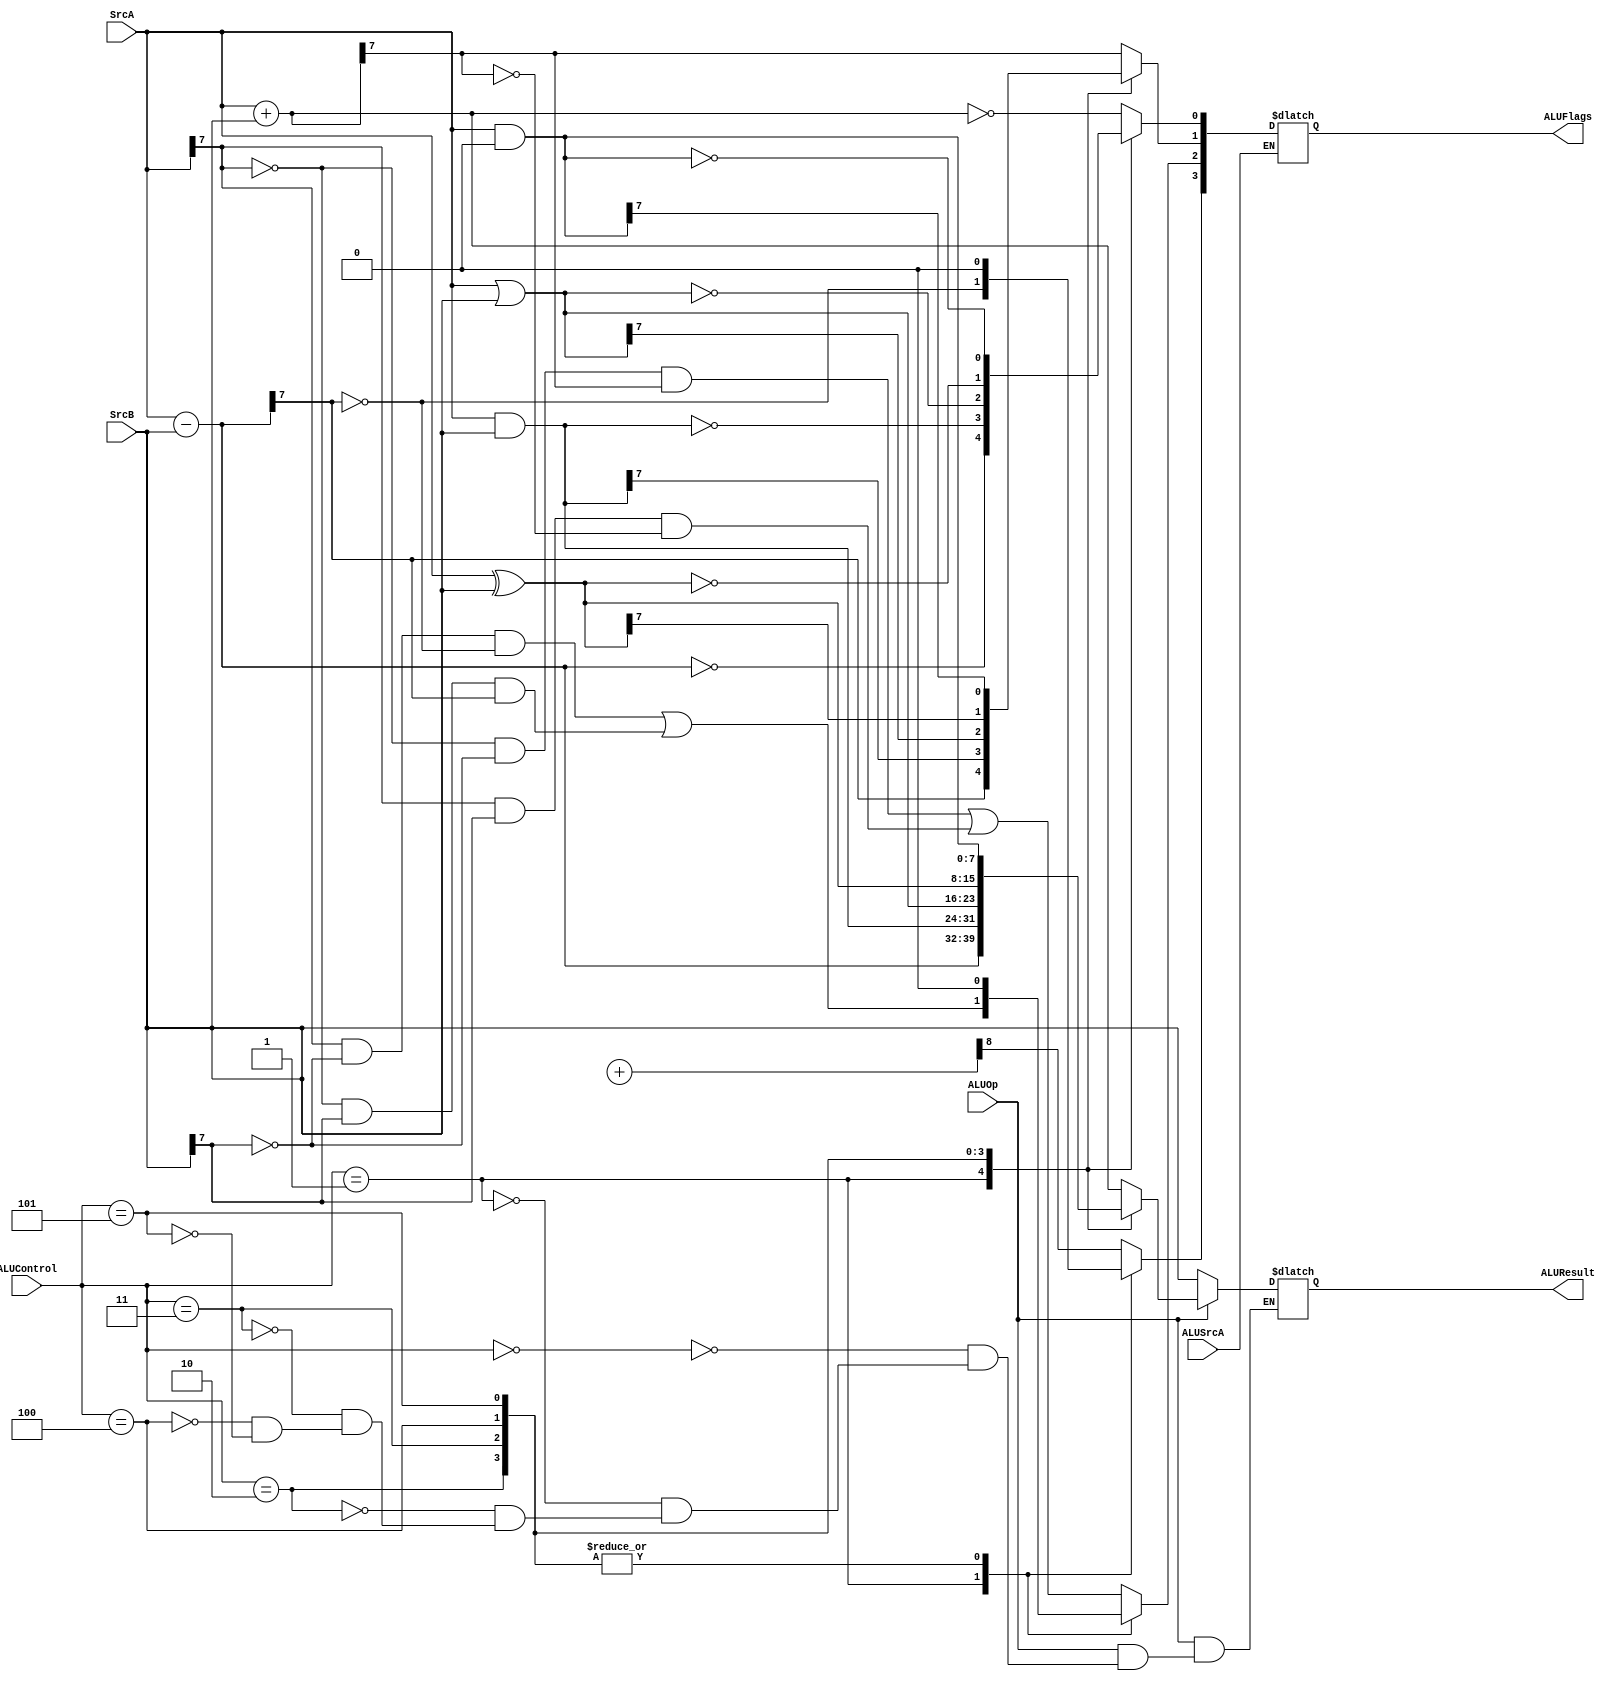
module alu (ALUControl, ALUOp, SrcA, SrcB, ALUFlags, ALUResult,ALUSrcA);
   
	input  ALUOp, ALUSrcA;
	input [2:0] ALUControl;
	input [7:0] SrcA, SrcB;
	reg CO, OVF, Z, N;
	output reg [3:0] ALUFlags;
	output reg [7:0] ALUResult;
	wire [8:0] sum ;
	wire [8:0] a ;
	wire [8:0] b ;
	assign sum = a + b ;
	
	always @(*)
		begin
		
		if (ALUOp == 1)
			begin
			case(ALUControl) 
					3'b000:	
						begin
						   
							ALUResult = SrcA + SrcB;
							CO  = sum[8];
							OVF = (~SrcA[7] & ~SrcB[7] & ALUResult[7]) | (SrcA[7] & SrcB[7] & ~ALUResult[7]) ;
							Z   = (ALUResult == 0);
							N	 =  ALUResult[7];
							end 
					
					3'b001:
						begin
							ALUResult = SrcA - SrcB;
							CO  = (ALUResult[7]==0);
							OVF = (SrcA[7] & ~SrcB[7] & ~ALUResult[7]) | (~SrcA[7] & SrcB[7] & ALUResult[7]) ;
							Z   = (ALUResult == 0);
							N	 =  ALUResult[7];
						end
					3'b010:	
						begin
							ALUResult = SrcA & SrcB;
							CO = 0;
							OVF = 0;
							Z   = (ALUResult == 0);
							N	 =  ALUResult[7];
						end
					3'b011:	
						begin
							ALUResult = SrcA | SrcB;
							CO = 0;
							OVF = 0;
							Z   = (ALUResult == 0);
							N	 =  ALUResult[7];
						end
					3'b100:
					   begin 
						   ALUResult = SrcA ^ SrcB;
							CO = 0;
							OVF = 0;
							Z   = (ALUResult == 0);
							N	 =  ALUResult[7];
						end
					3'b101:
					   begin 
						   ALUResult = SrcA & 8'b0;
							CO = 0;
							OVF = 0;
							Z   = (ALUResult == 0);
							N	 =  ALUResult[7];
						end
			endcase
		end
		
		else
 	                  ALUResult = SrcB;	
		
			if (ALUSrcA == 0)
			begin
			ALUFlags = {CO,OVF,N,Z};
			end
		end
endmodule